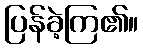
ပြန်ခဲ့ကြ၏။